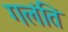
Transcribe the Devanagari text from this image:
गलंति